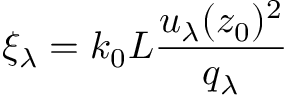
\xi _ { \lambda } = k _ { 0 } L \frac { u _ { \lambda } ( z _ { 0 } ) ^ { 2 } } { q _ { \lambda } }